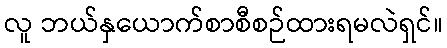
လူ ဘယ်နှယောက်စာစီစဉ်ထားရမလဲရှင်။